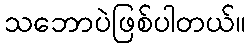
သဘောပဲဖြစ်ပါတယ်။